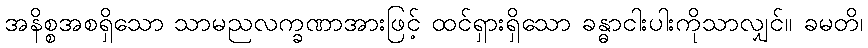
အနိစ္စအစရှိသော သာမညလက္ခဏာအားဖြင့် ထင်ရှားရှိသော ခန္ဓာငါးပါးကိုသာလျှင်။ ခမတိ၊